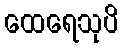
ထေရေသုပိ